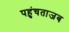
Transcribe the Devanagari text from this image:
पहुंचताजब